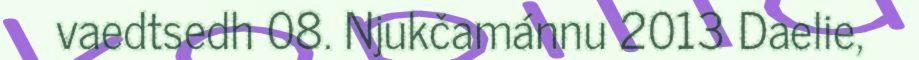
vaedtsedh 08. Njukčamánnu 2013 Daelie,